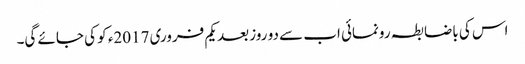
اس کی باضابطہ رونمائی اب سے دو روز بعد یکم فروری 2017ء کو کی جائے گی۔